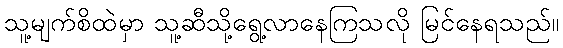
သူ့မျက်စိထဲမှာ သူ့ဆီသို့ရွေ့လာနေကြသလို မြင်နေရသည်။